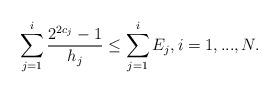
LaTeX: \begin{align*}\sum_{j=1}^{i} \frac{2^{2c_j}-1}{h_j}\leq \sum_{j=1}^{i} E_j, i=1,...,N.\end{align*}